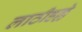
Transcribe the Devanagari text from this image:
लाठीहल्ले